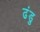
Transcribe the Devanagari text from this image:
ढंडु